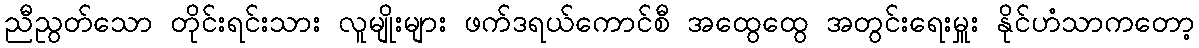
ညီညွတ်သော တိုင်းရင်းသား လူမျိုးများ ဖက်ဒရယ်ကောင်စီ အထွေထွေ အတွင်းရေးမှူး နိုင်ဟံသာကတော့